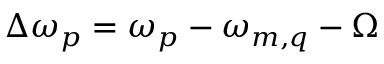
\Delta \omega _ { p } = \omega _ { p } - \omega _ { m , q } - \Omega